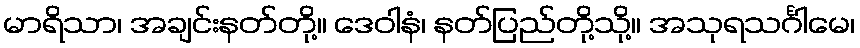
မာရိသာ၊ အချင်းနတ်တို့။ ဒေဝါနံ၊ နတ်ပြည်တို့သို့။ အသုရသင်္ဂါမေ၊